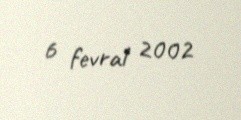
6 fevral 2002